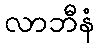
လာဘီနံ